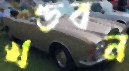
খণ্ডবন